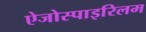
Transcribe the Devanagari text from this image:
ऐजोस्पाइरिलम